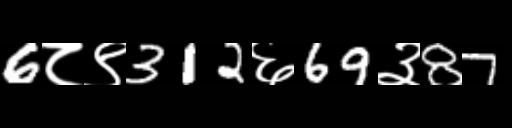
Text: 6८९312६69३87